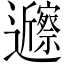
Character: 𬩲